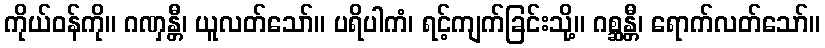
ကိုယ်ဝန်ကို။ ဂဏှန္တီ၊ ယူလတ်သော်။ ပရိပါကံ၊ ရင့်ကျက်ခြင်းသို့။ ဂစ္ဆန္တီ၊ ရောက်လတ်သော်။